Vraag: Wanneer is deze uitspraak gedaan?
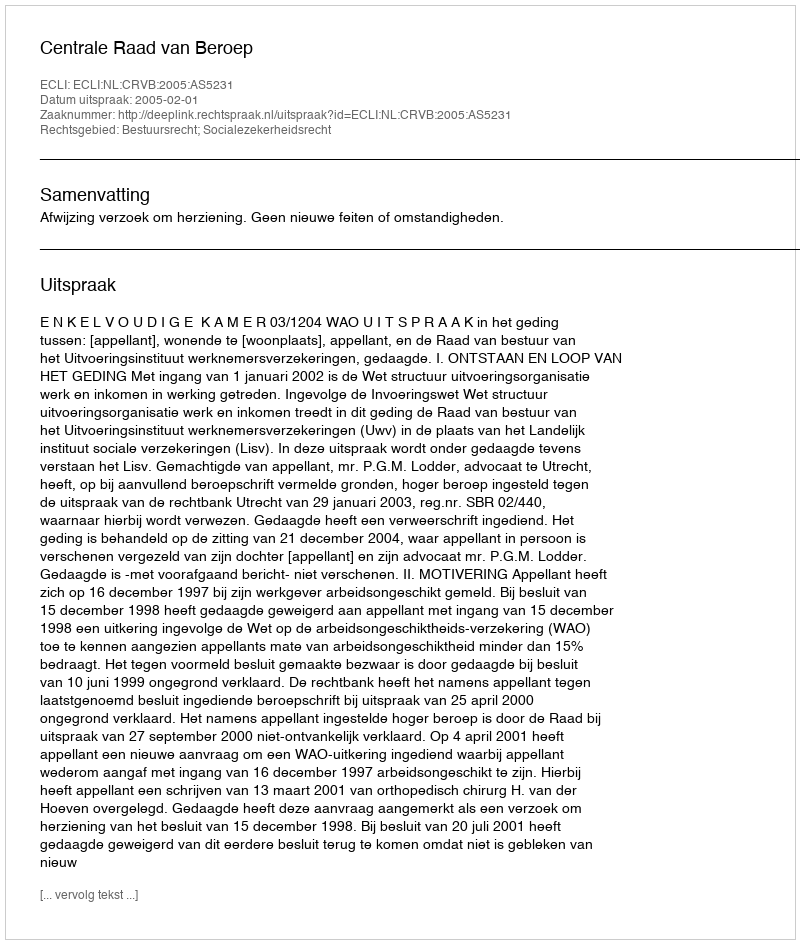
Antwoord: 2005-02-01